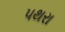
પથરા